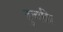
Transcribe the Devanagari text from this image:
हुब्बल्लि